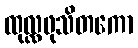
ထုလ္လဖုသိတကော